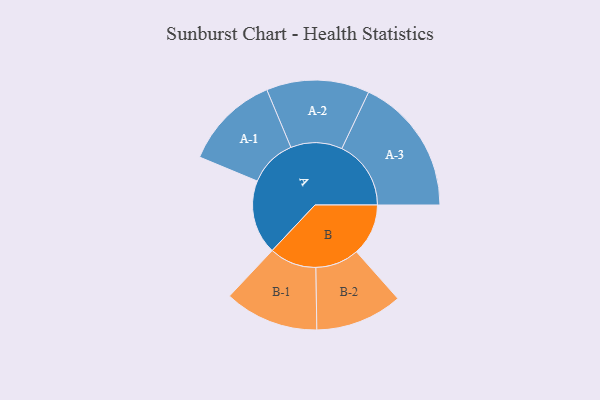
{"axis": {"x": "Segment", "y": "Value"}, "legend": ["", "A", "B"], "data": [{"x": "A", "y": 206, "type": ""}, {"x": "B", "y": 144, "type": ""}, {"x": "A-1", "y": 133, "type": "A"}, {"x": "A-2", "y": 143, "type": "A"}, {"x": "A-3", "y": 192, "type": "A"}, {"x": "B-1", "y": 131, "type": "B"}, {"x": "B-2", "y": 121, "type": "B"}]}